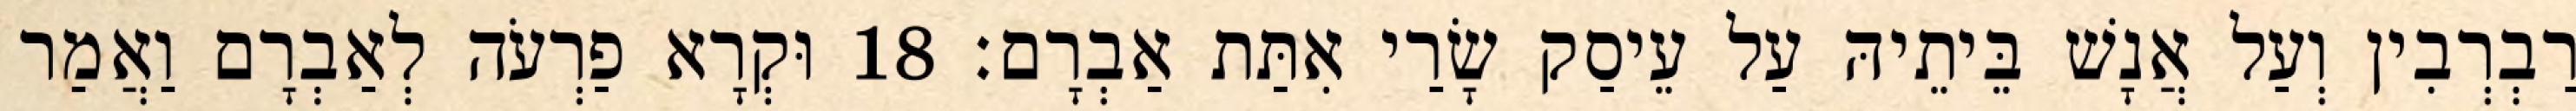
רַבְרְבִין וְעַל אֲנָשׁ בֵּיתֵיהּ עַל עֵיסַק שָׂרַי אִתַּת אַבְרָם׃ 18 וּקְרָא פַרְעֹה לְאַבְרָם וַאֲמַר